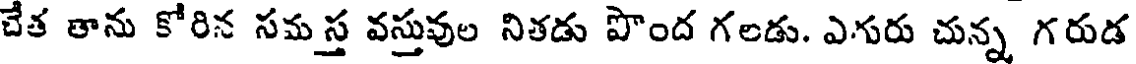
చేత తాను కోరిన సమస్త వస్తువుల నితడు పొంద గలడు. ఎగురు చున్న గరుడ